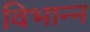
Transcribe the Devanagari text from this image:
विभान्न